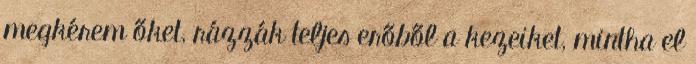
megkérem őket, rázzák teljes erőből a kezeiket, mintha el